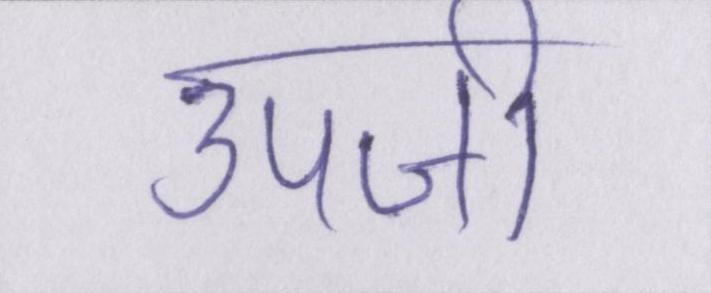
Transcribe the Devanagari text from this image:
उपजी